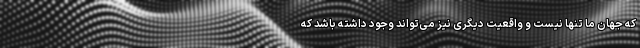
که جهان ما تنها نیست و واقعیت دیگری نیز می‌تواند وجود داشته باشد که